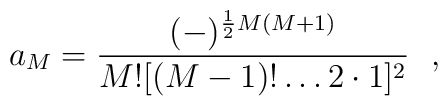
a_M = {(-)^{{1\over 2}M(M+1)}\over M! [(M-1)!\ldots 2\cdot 1]^2}~~,